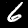
Digit: 6